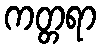
ကတ္တရာ